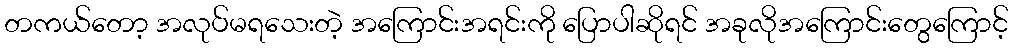
တကယ်တော့ အလုပ်မရသေးတဲ့ အကြောင်းအရင်းကို ပြောပါဆိုရင် အခုလိုအကြောင်းတွေကြောင့်